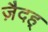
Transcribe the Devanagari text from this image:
ज़ैदह्